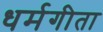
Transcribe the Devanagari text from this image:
धर्मगीता